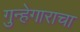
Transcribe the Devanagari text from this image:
गुन्हेगाराचा